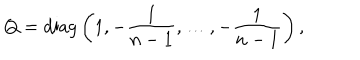
LaTeX: Q = \mathrm { d i a g } \left( 1 , - { \frac { 1 } { n - 1 } } , \ldots , - { \frac { 1 } { n - 1 } } \right) ,